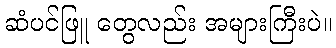
ဆံပင်ဖြူ တွေလည်း အများကြီးပဲ။